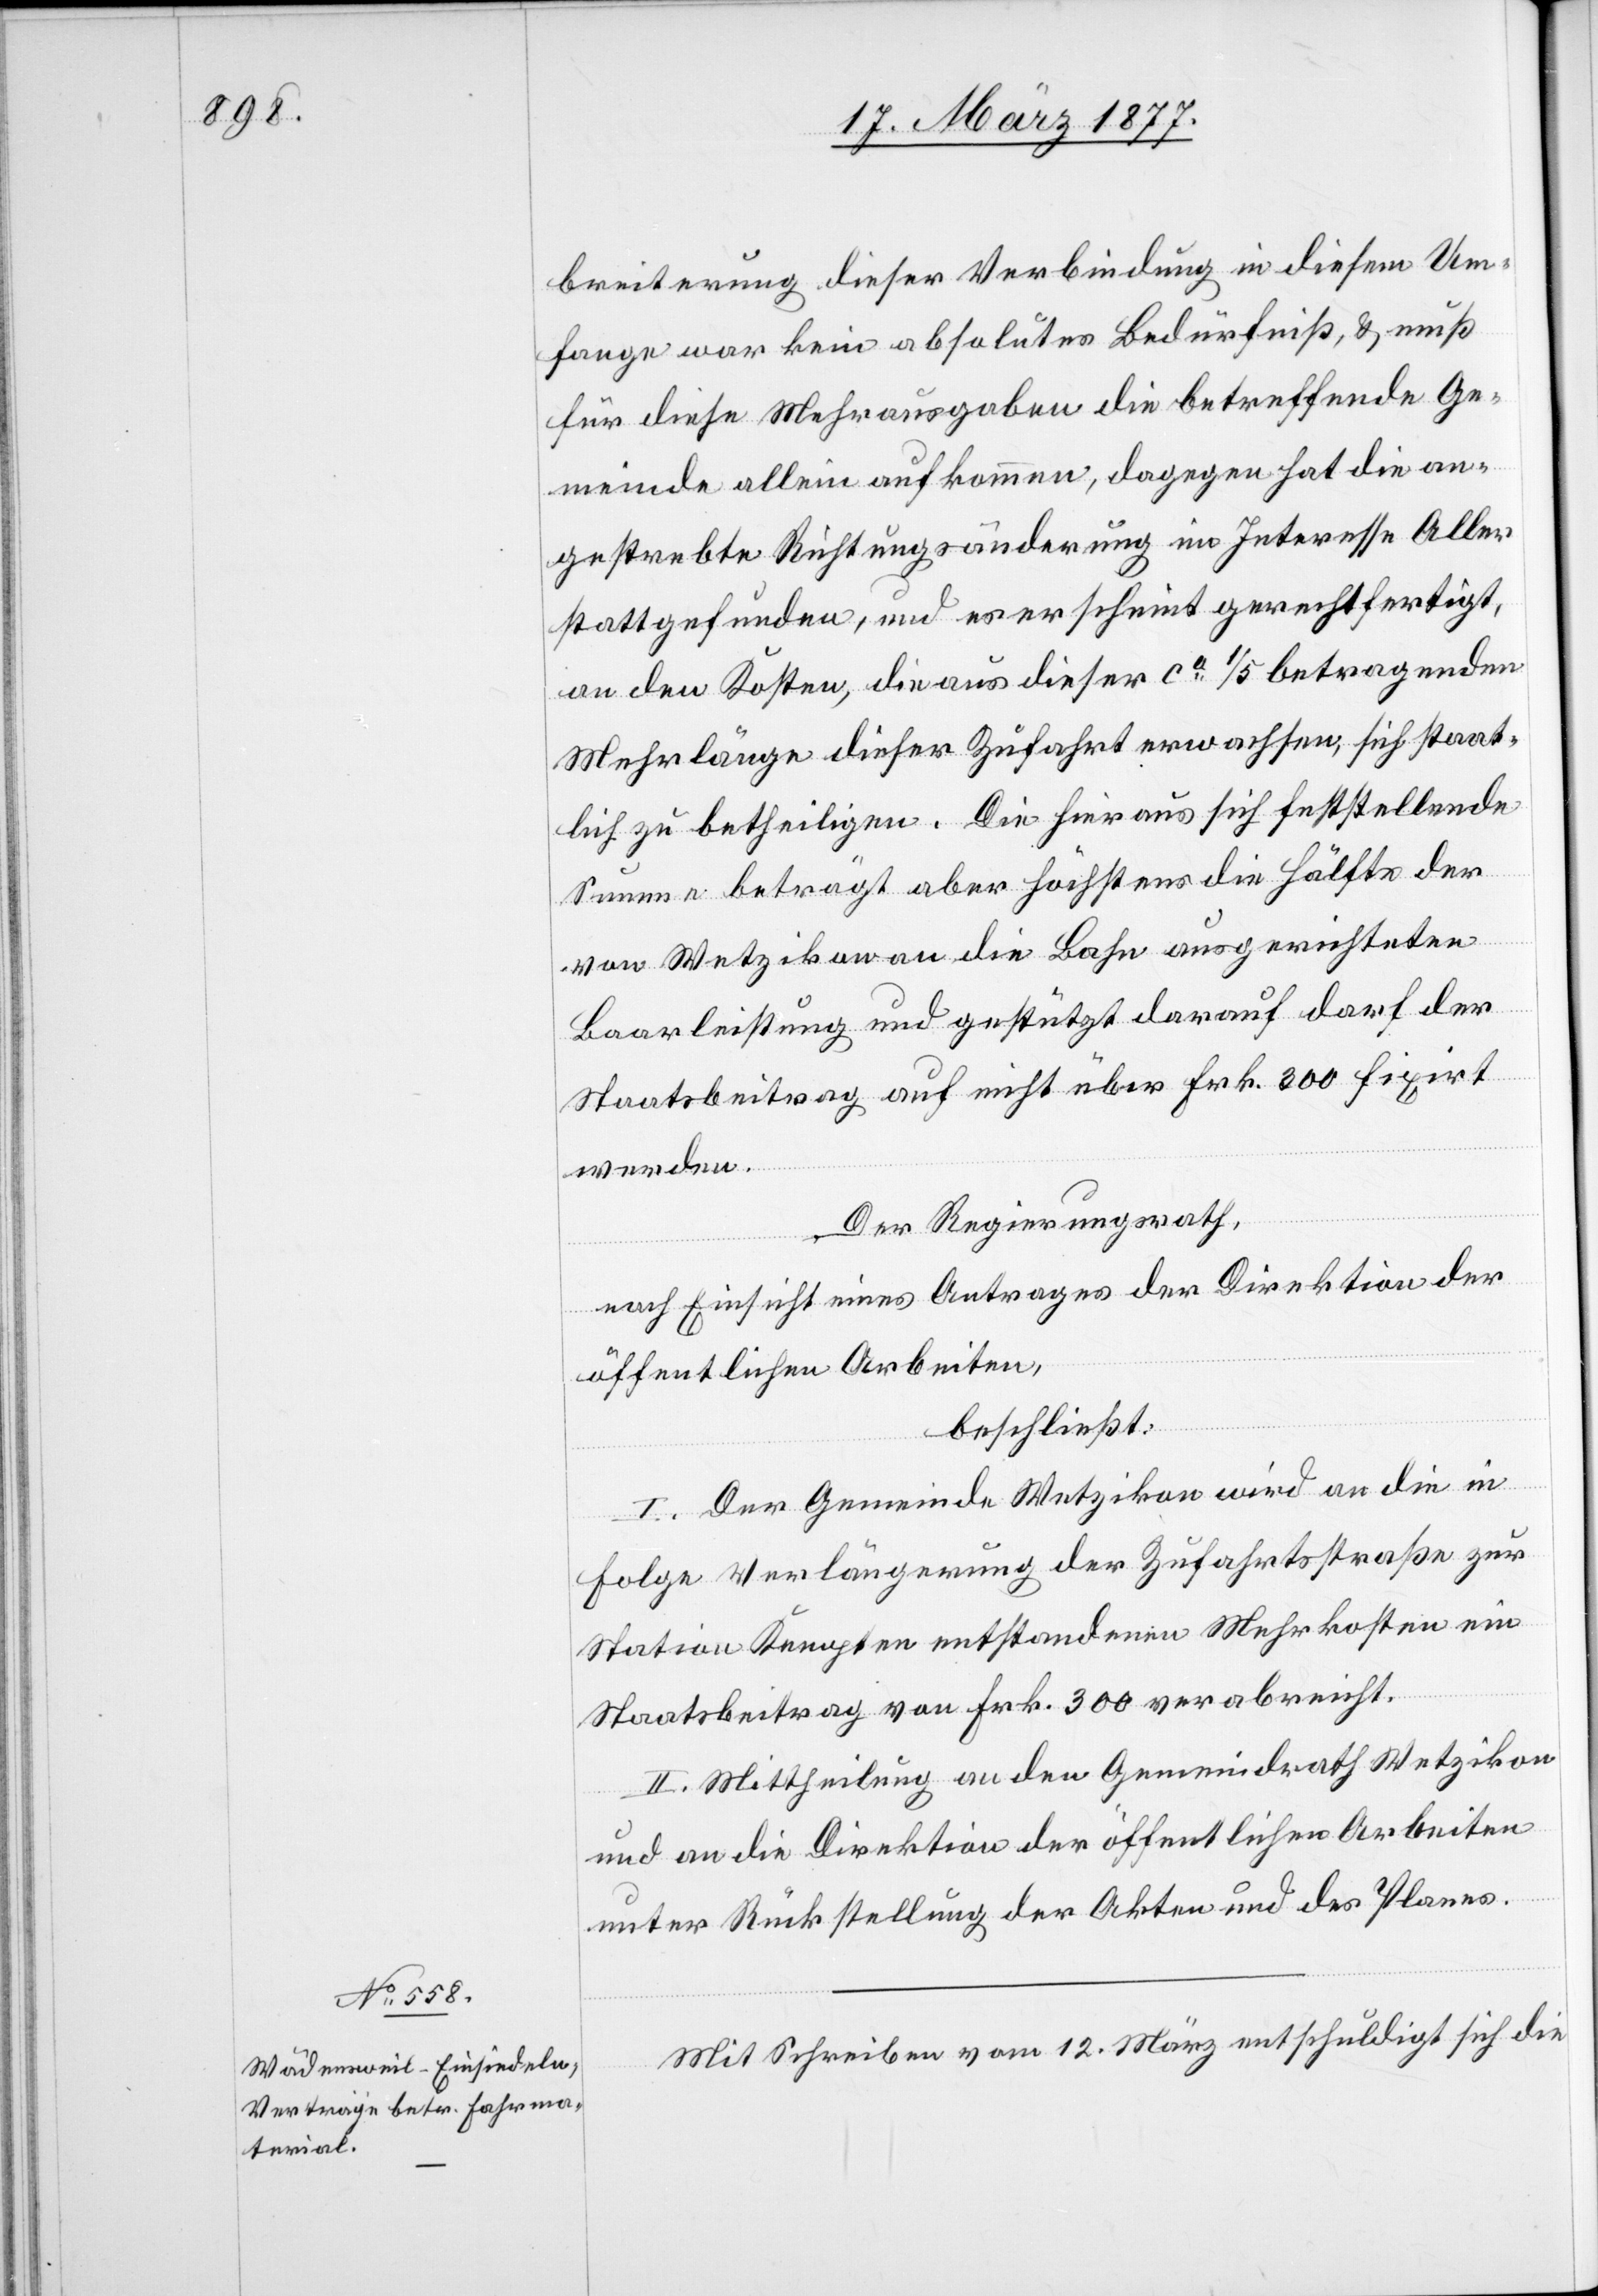
breiterung dieser Verbindung in diesem Um¬
fange war kein absolutes Bedürfniß, & muß
für diese Mehrausgaben die betreffende Ge¬
meinde allein aufkommen, dagegen hat die an¬
gestrebte Richtungsänderung im Interesse Aller
stattgefunden, und es erscheint gerechtfertigt,
an den Kosten, die aus dieser ca 1/5 betragenden
Mehrlänge dieser Zufahrt erwachsen, sich staat¬
lich zu betheiligen. Die hieraus sich feststellende
Summe beträgt aber höchstens die Hälfte der
von Wetzikon an die Bahn ausgerichteten
Baarleistung und gestützt darauf darf der
Staatsbeitrag auf nicht über Frk. 300 fixirt
werden.
Der Regierungsrath,
nach Einsicht eines Antrages der Direktion der
öffentlichen Arbeiten,
beschließt:
I. Der Gemeinde Wetzikon wird an die in
Folge Verlängerung der Zufahrtsstraße zur
Station Kempten entstandenen Mehrkosten ein
Staatsbeitrag von Frk. 300 verabreicht.
II. Mittheilung an den Gemeindrath Wetzikon
und an die Direktion der öffentlichen Arbeiten
unter Rückstellung der Akten und des Planes.
Mit Schreiben vom 12. März entschuldigt sich die